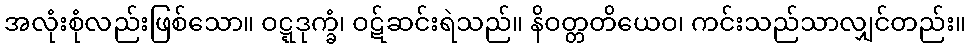
အလုံးစုံလည်းဖြစ်သော။ ဝဋ္ဋဒုက္ခံ၊ ဝဋ်ဆင်းရဲသည်။ နိဝတ္တတိယေဝ၊ ကင်းသည်သာလျှင်တည်း။